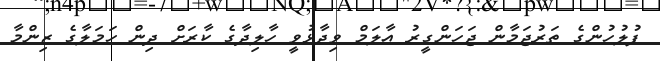
ފުލުހުންގެ ތަރުޖަމާން ޖަހަންގީރު އާލަމް ވިދާޅުވީ ހާލިދާގެ ކާރަށް ދިން ހަމަލާގެ ޒިންމާ